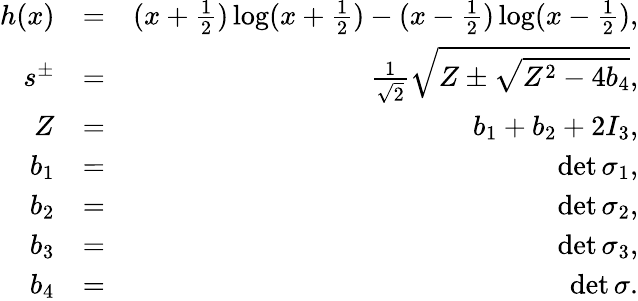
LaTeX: \begin{array}{rlr}{h(x)}&{=}&{(x+\frac{1}{2})\log(x+\frac{1}{2})-(x-\frac{1}{2})\log(x-\frac{1}{2}),}\\ {s^{\pm}}&{=}&{\frac{1}{\sqrt{2}}\sqrt{Z\pm\sqrt{Z^{2}-4b_{4}}},}\\ {Z}&{=}&{b_{1}+b_{2}+2I_{3},}\\ {b_{1}}&{=}&{\operatorname*{det}\sigma_{1},}\\ {b_{2}}&{=}&{\operatorname*{det}\sigma_{2},}\\ {b_{3}}&{=}&{\operatorname*{det}\sigma_{3},}\\ {b_{4}}&{=}&{\operatorname*{det}\sigma.}\end{array}